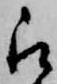
被